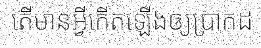
តើមានអ្វីកើតឡើងឲ្យប្រាកដ